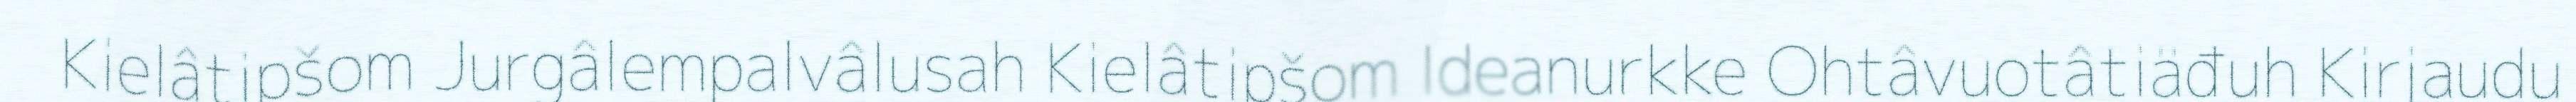
Kielâtipšom Jurgâlempalvâlusah Kielâtipšom Ideanurkke Ohtâvuotâtiäđuh Kirjaudu